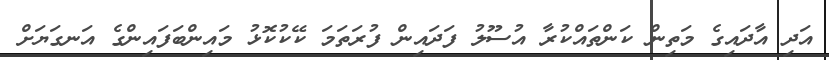
އަދި އާދައިގެ މަތިން ކަންތައްކުރާ އުސޫލު ފަދައިން ފުރަތަމަ ކޭކުކޮޅު މައިންބަފައިންގެ އަނގަޔަށް